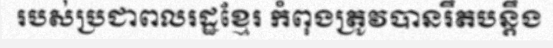
របស់ប្រជាពលរដ្ឋខ្មែរ កំពុងត្រូវបានរឹតបន្តឹង